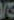
/